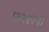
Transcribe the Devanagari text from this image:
फ़रहाना